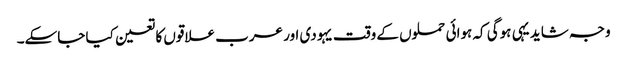
وجہ شاید یہی ہوگی کہ ہوائی حملوں کے وقت یہودی اور عرب علاقوں کا تعین کیا جاسکے۔